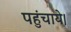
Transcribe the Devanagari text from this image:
पहुंचाये।